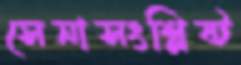
সেনাসংশ্লিষ্ট